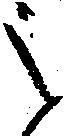
之